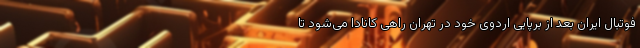
فوتبال ایران بعد از برپایی اردوی خود در تهران راهی کانادا می‌شود تا